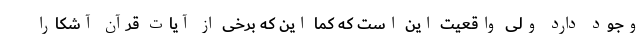
وجود دارد ولی واقعیت این است که کما این که برخی از آیات قرآن آشکارا